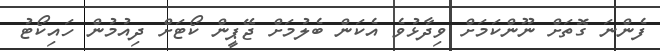
ފެންނަ ގޮތަށް ނޫންކަމަށް ވިދާޅުވެ އެކަން ބެލުމަށް ޖޭޕީން ކޯޓަށް ދިއުމުން ހައިކޯޓު